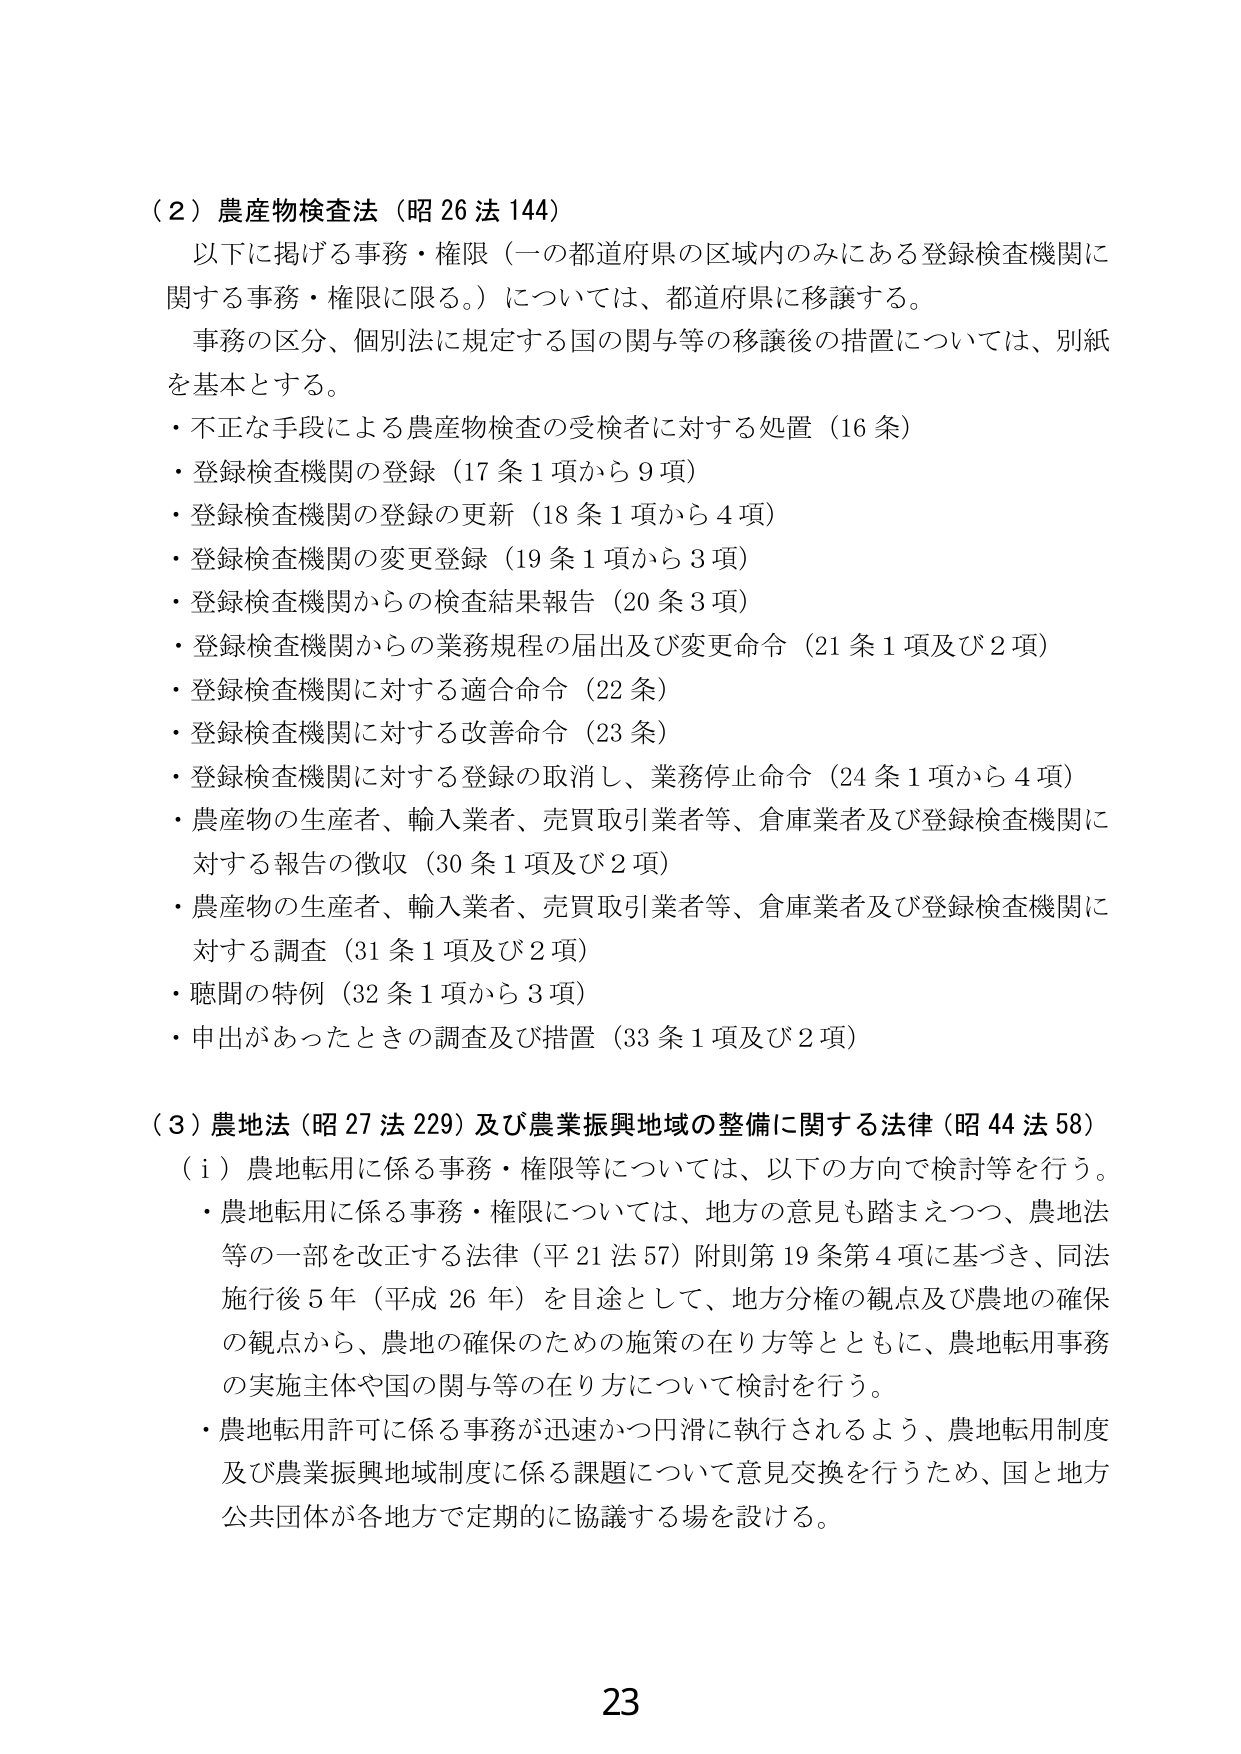
（２）農産物検査法（昭26法144）
以下に掲げる事務・権限（一の都道府県の区域内のみにある登録検査機関に関する事務・権限に限る。）については、都道府県に移譲する。
事務の区分、個別法に規定する国の関与等の移譲後の措置については、別紙を基本とする。
・不正な手段による農産物検査の受検者に対する処置（16条）
・登録検査機関の登録（17条1項から9項）
・登録検査機関の登録の更新（18条1項から4項）
・登録検査機関の変更登録（19条1項から3項）
・登録検査機関からの検査結果報告（20条3項）
・登録検査機関からの業務規程の届出及び変更命令（21条1項及び2項）
・登録検査機関に対する適合命令（22条）
・登録検査機関に対する改善命令（23条）
・登録検査機関に対する登録の取消し、業務停止命令（24条1項から4項）
・農産物の生産者、輸入業者、売買取引業者等、倉庫業者及び登録検査機関に対する報告の徴収（30条1項及び2項）
・農産物の生産者、輸入業者、売買取引業者等、倉庫業者及び登録検査機関に対する調査（31条1項及び2項）
・聴聞の特例（32条1項から3項）
・申出があったときの調査及び措置（33条1項及び2項）

（３）農地法（昭27法229）及び農業振興地域の整備に関する法律（昭44法58）
（ｉ）農地転用に係る事務・権限等については、以下の方向で検討等を行う。
・農地転用に係る事務・権限については、地方の意見も踏まえつつ、農地法等の一部を改正する法律（平21法57）附則第19条第4項に基づき、同法施行後5年（平成26年）を目途として、地方分権の観点及び農地の確保の観点から、農地の確保のための施策の在り方等とともに、農地転用事務の実施主体や国の関与等の在り方について検討を行う。
・農地転用許可に係る事務が迅速かつ円滑に執行されるよう、農地転用制度及び農業振興地域制度に係る課題について意見交換を行うため、国と地方公共団体が各地方で定期的に協議する場を設ける。

23